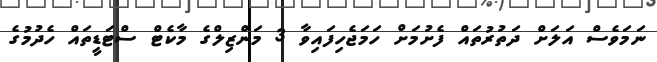
ނަމަވެސް އަލަށް ދަތުރުތައް ފެށުމަށް ހަމަޖެހިފައިވާ 3 މަންޒިލްގެ މާކެޓް ސްޓަޑީތައް ހެދުމުގެ